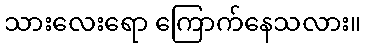
သားလေးရော ကြောက်နေသလား။